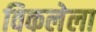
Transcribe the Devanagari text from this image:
विकलेला